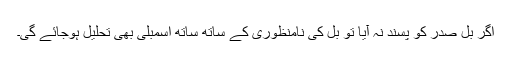
اگر بل صدر کو پسند نہ آیا تو بل کی نامنظوری کے ساتھ ساتھ اسمبلی بھی تحلیل ہوجائے گی۔